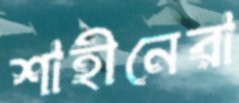
শাহীনেরা